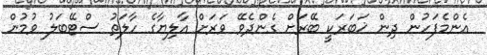
އެންމެފަހުން ދިން ޚަބަރަކީ ބޭރަށް ގެންދެވޭ ވަރަށް އާލިޔާގެ ހާލަތު ސްޓޭބަލު ވުމުން